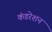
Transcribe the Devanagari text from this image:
कंडरेशन